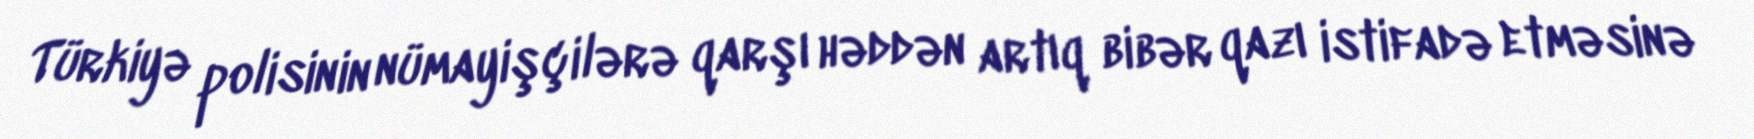
Türkiyə polisinin nümayişçilərə qarşı həddən artıq bibər qazı istifadə etməsinə